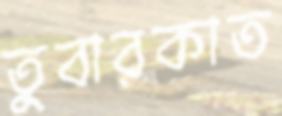
তুবারকাত